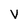
Character: V